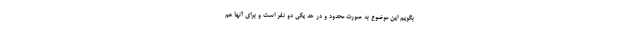
بگویم این موضوع به صورت محدود و در حد یکی دو نفر است و برای آنها هم